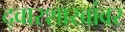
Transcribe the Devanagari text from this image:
द्वारशाखांवर